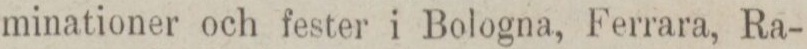
minationer och fester i Bologna, Ferrara, Ra-